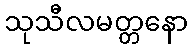
သုသီလမတ္တနော